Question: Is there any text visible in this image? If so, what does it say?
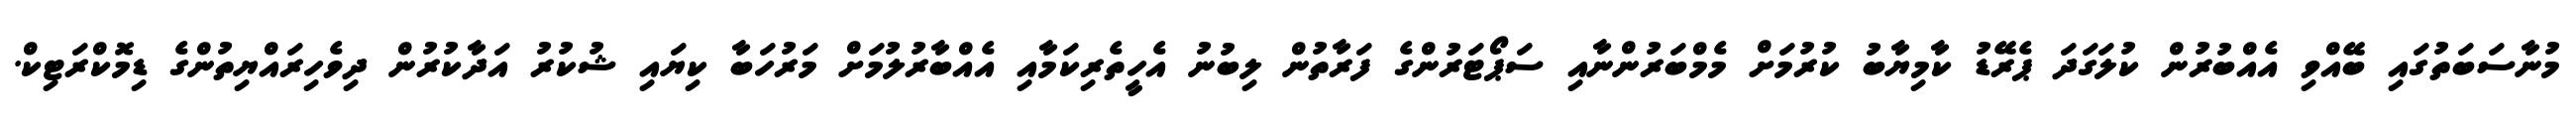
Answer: މުނާސަބަތުގައި ބޭއްވި އެއްބުރުން ކުލަގަދަ ޕެރޭޑު ކާމިޔާބު ކުރުމަށް މެމްބަރުންނާއި ސަޕޯޓަރުންގެ ފަރާތުން ލިބުނު އެހީތެރިކަމާއި އެއްބާރުލުމަށް މަރުހަބާ ކިޔައި ޝުކުރު އަދާކުރުން ދިވެހިރައްޔިތުންގެ ޑިމޮކްރަޓިކް.